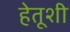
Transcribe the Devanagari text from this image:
हेतूशी